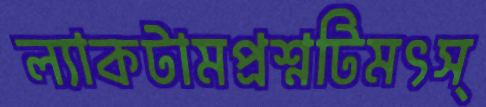
ল্যাকটামপ্রশ্নটিমৎস্